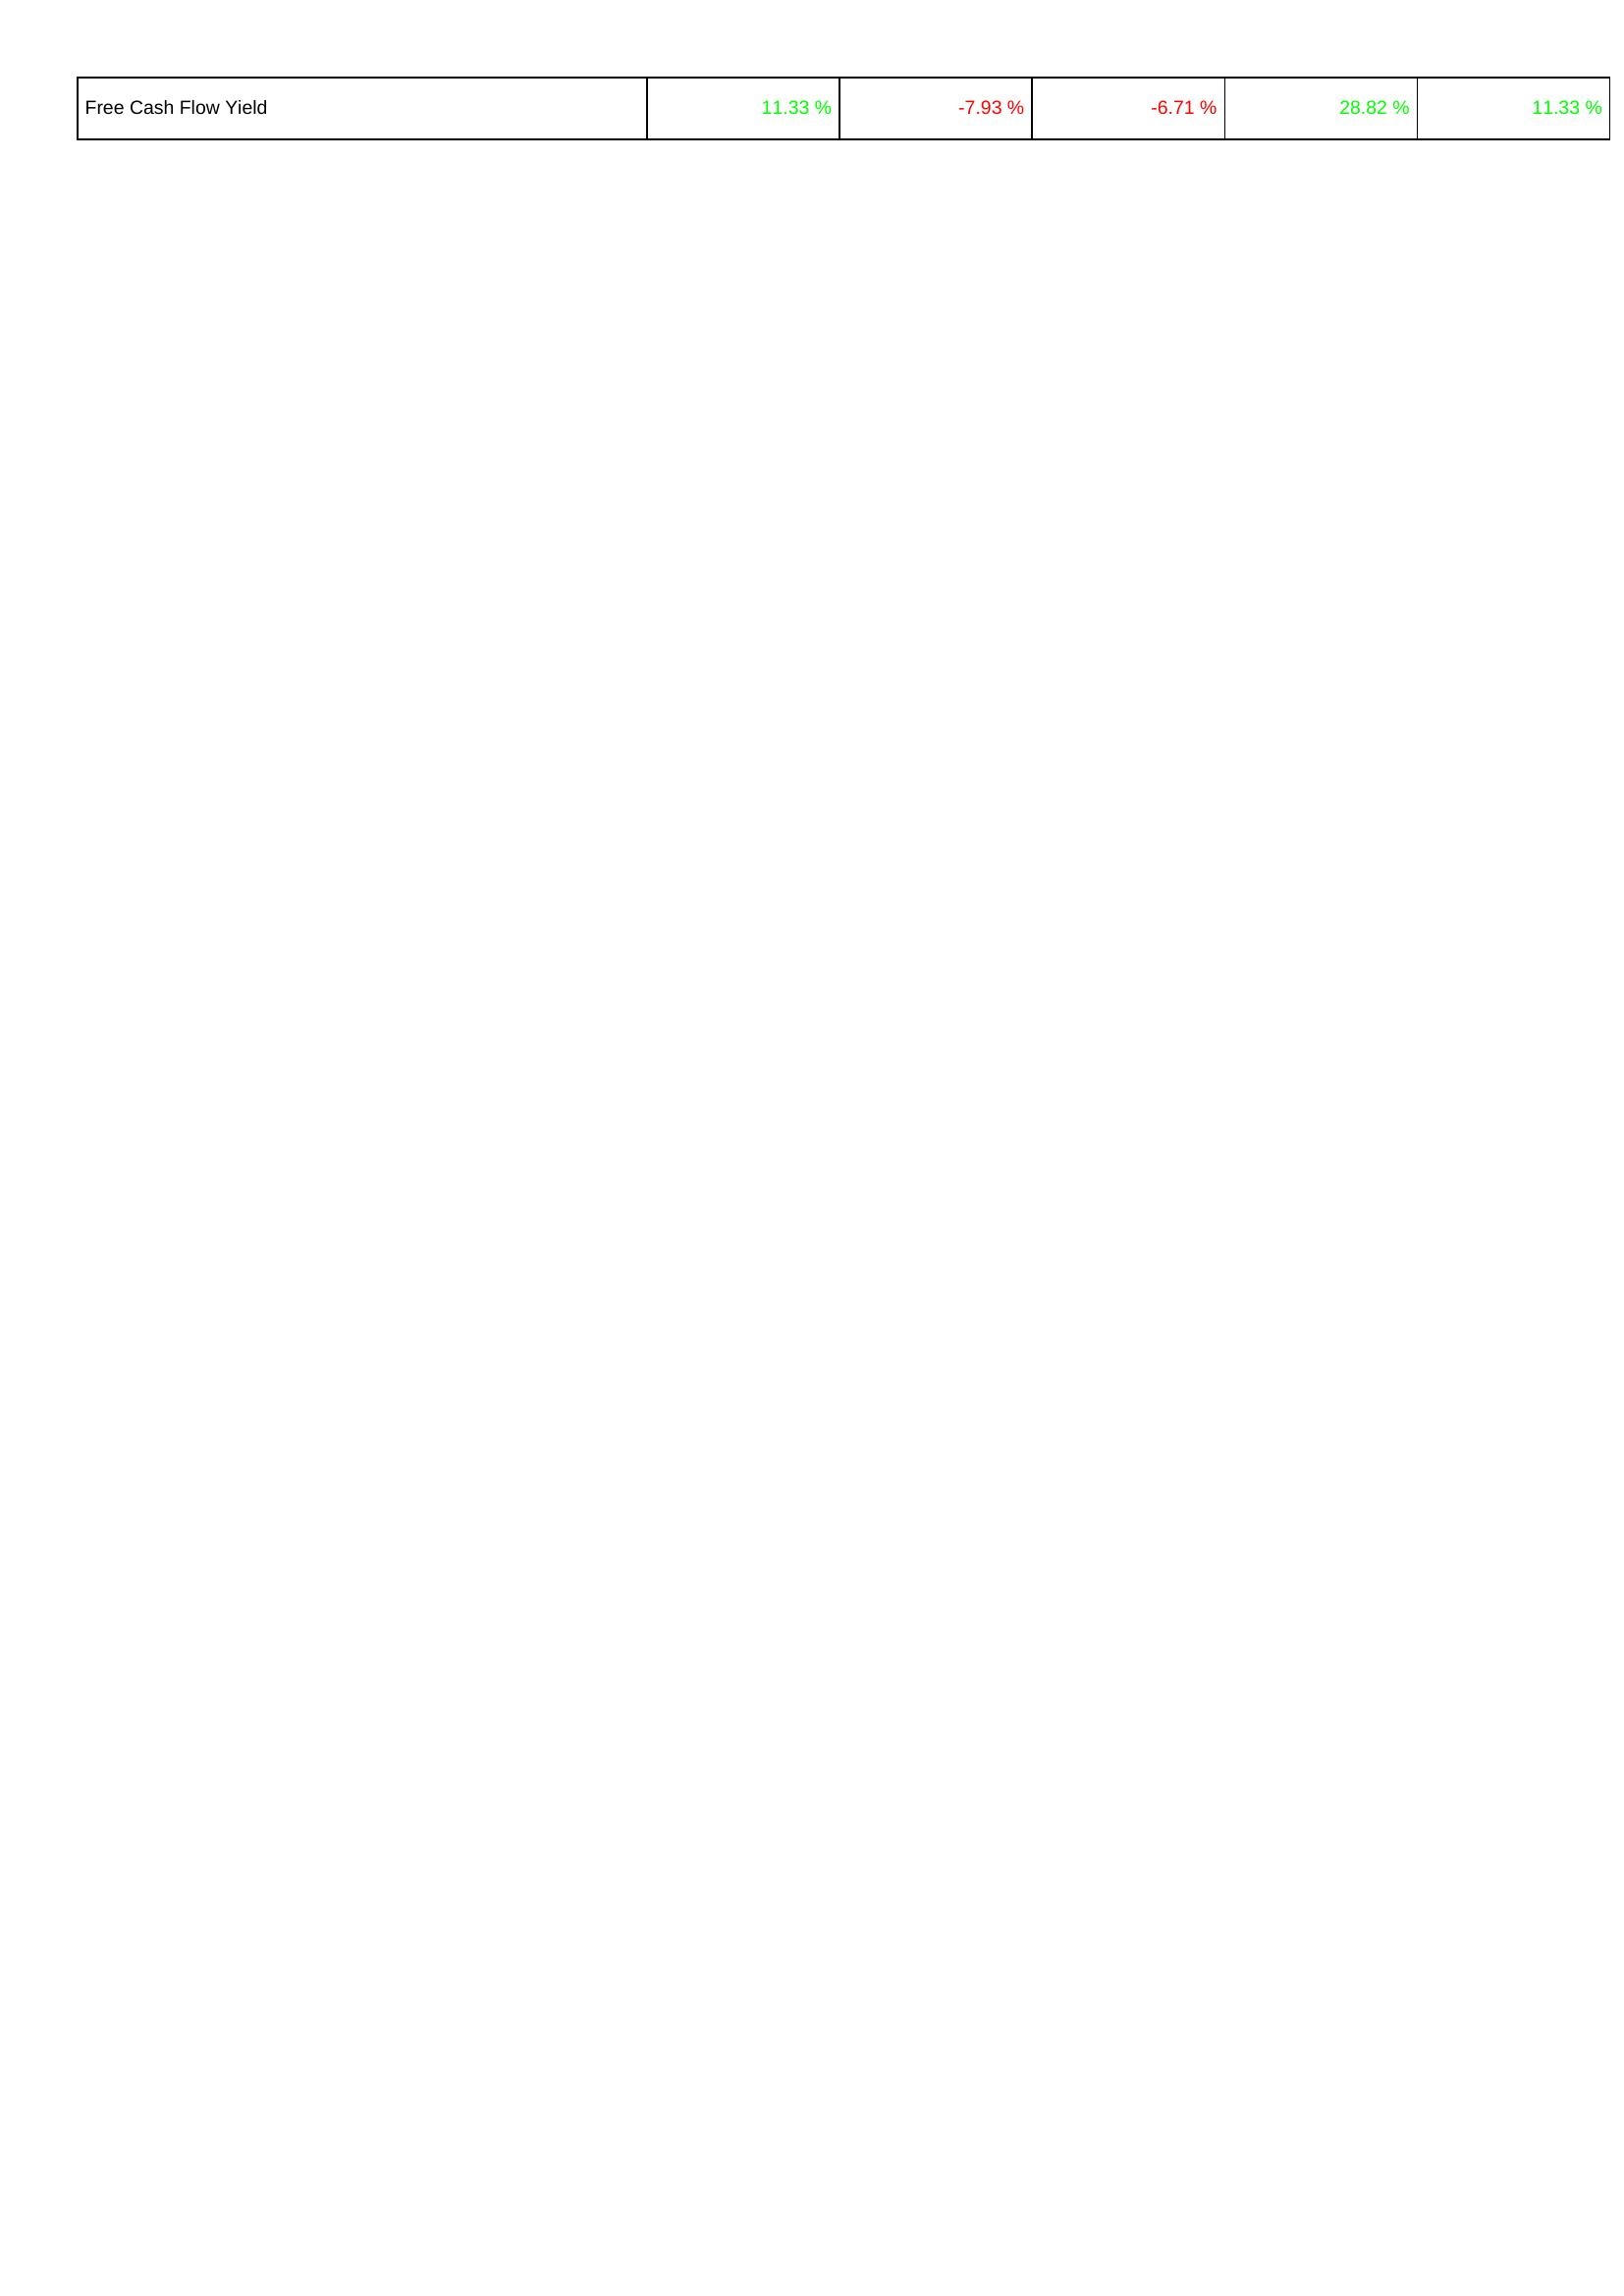
2016: Financing Activities: Free Cash Flow Yield: 11.33 %
2017: Financing Activities: Free Cash Flow Yield: -7.93 %
2018: Financing Activities: Free Cash Flow Yield: -6.71 %
2019: Financing Activities: Free Cash Flow Yield: 28.82 %
2020: Financing Activities: Free Cash Flow Yield: 11.33 %